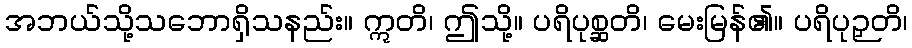
အဘယ်သို့သဘောရှိသနည်း။ ဣတိ၊ ဤသို့။ ပရိပုစ္ဆတိ၊ မေးမြန်၏။ ပရိပုဉှတိ၊